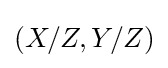
(X/Z,Y/Z)